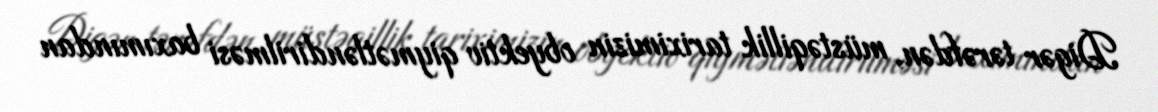
Digər tərəfdən, müstəqillik tariximizin obyektiv qiymətləndirilməsi baxımından